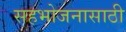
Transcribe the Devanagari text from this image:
सहभोजनासाठी